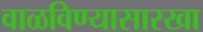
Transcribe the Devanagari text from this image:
वाळविण्यासारखा